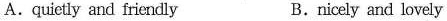
A.quietly and friendly B.nicely and lovely